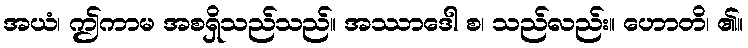
အယံ၊ ဤကာမ အစရှိသည်သည်။ အဿာဒေါ စ၊ သည်လည်း။ ဟောတိ၊ ၏။